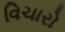
વિચારો